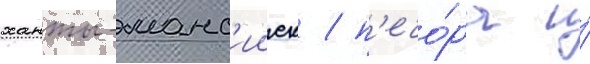
ханты-манс'ииск / п'ечо́ра и́